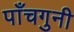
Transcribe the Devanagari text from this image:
पाँचगुनी